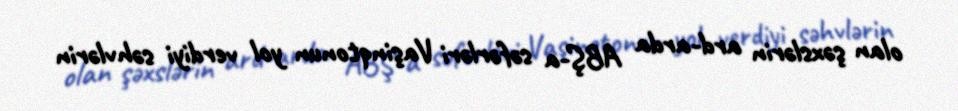
olan şəxslərin ard-arda ABŞ-a səfərləri Vaşinqtonun yol verdiyi səhvlərin